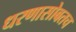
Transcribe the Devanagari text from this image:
धरणासोबतच